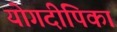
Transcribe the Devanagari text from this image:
योगदीपिका